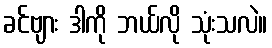
ခင်ဗျား ဒါကို ဘယ်လို သုံးသလဲ။